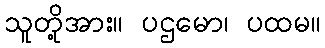
သူတို့အား။ ပဌမော၊ ပထမ။